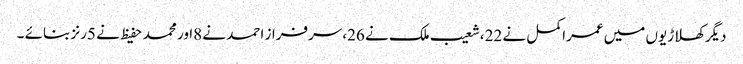
دیگرکھلاڑیوں میں عمراکمل نے 22،شعیب ملک نے 26،سرفراز احمد نے 8اور محمد حفیظ نے 5رنز بنائے ۔